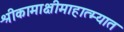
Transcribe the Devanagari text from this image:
श्रीकामाक्षीमाहात्म्यात